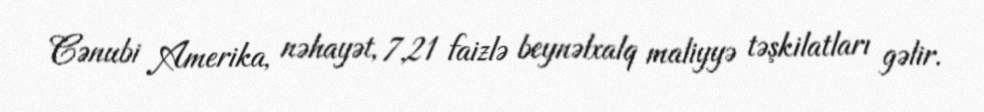
Cənubi Amerika, nəhayət, 7,21 faizlə beynəlxalq maliyyə təşkilatları gəlir.